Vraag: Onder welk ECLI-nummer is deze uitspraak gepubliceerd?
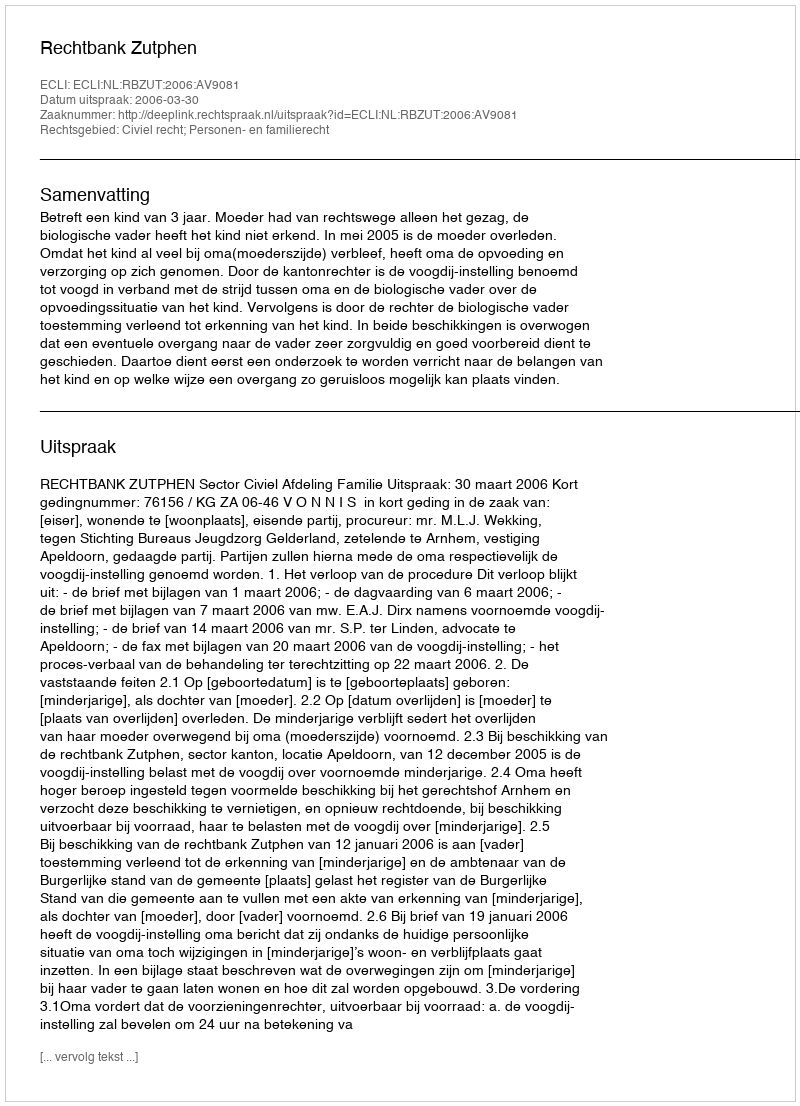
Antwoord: ECLI:NL:RBZUT:2006:AV9081